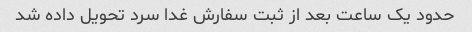
حدود یک ساعت بعد از ثبت سفارش غدا سرد تحویل داده شد